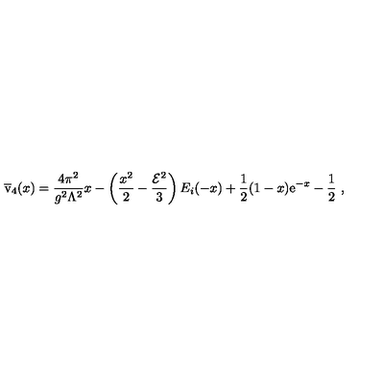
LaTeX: \overline { { \mathrm { \Large v } } } _ { 4 } ( x ) = { \frac { 4 \pi ^ { 2 } } { g ^ { 2 } \Lambda ^ { 2 } } } x - \left( { \frac { x ^ { 2 } } { 2 } } - { \frac { { \cal E } ^ { 2 } } { 3 } } \right) E _ { i } ( - x ) + { \frac { 1 } { 2 } } ( 1 - x ) { \mathrm e } ^ { - x } - { \frac { 1 } { 2 } } \ ,